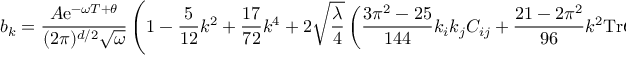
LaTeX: b _ { k } = \frac { A \mathrm { e } ^ { - \omega T + \theta } } { ( 2 \pi ) ^ { d / 2 } \sqrt { \omega } } \left( 1 - \frac { 5 } { 1 2 } k ^ { 2 } + \frac { 1 7 } { 7 2 } k ^ { 4 } + 2 \sqrt { \frac { \lambda } { 4 } } \left( \frac { 3 \pi ^ { 2 } - 2 5 } { 1 4 4 } k _ { i } k _ { j } C _ { i j } + \frac { 2 1 - 2 \pi ^ { 2 } } { 9 6 } k ^ { 2 } \mathrm { T r } C _ { i j } \right) \right)